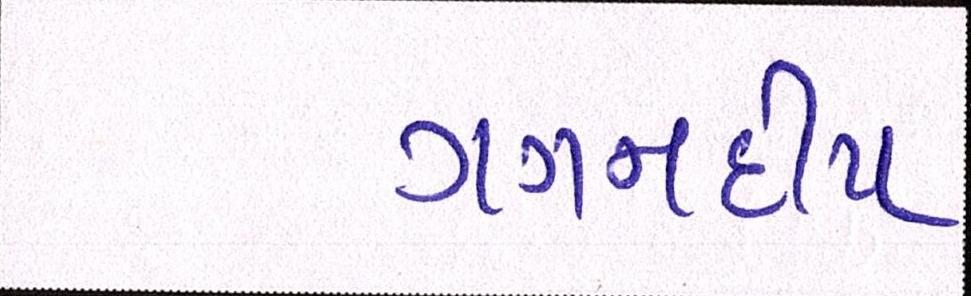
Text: ગગનદીપ